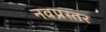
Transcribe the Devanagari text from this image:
नवप्रस्तर